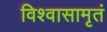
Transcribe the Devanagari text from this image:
विश्वासामृतं